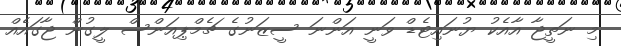
މި ނަތީޖާ އާއެކު ޔުނައިޓެޑް ވަނީ އަންނަ ސީޒަނުގެ ޗެމްޕިއަންސް ލީގުން ޖާގައެއް